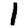
Digit: 1